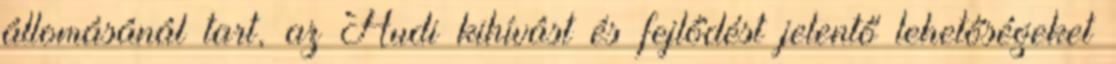
állomásánál tart, az Audi kihívást és fejlődést jelentő lehetőségeket